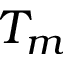
T _ { m }